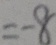
= - 8